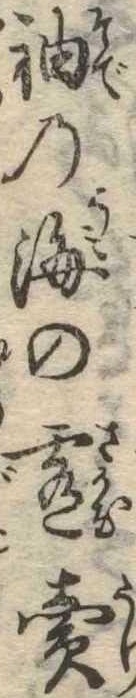
袖の海の肴売